Preliminary report on the killing of rats and rat fleas by hydrocyanic acid gas - Number 38
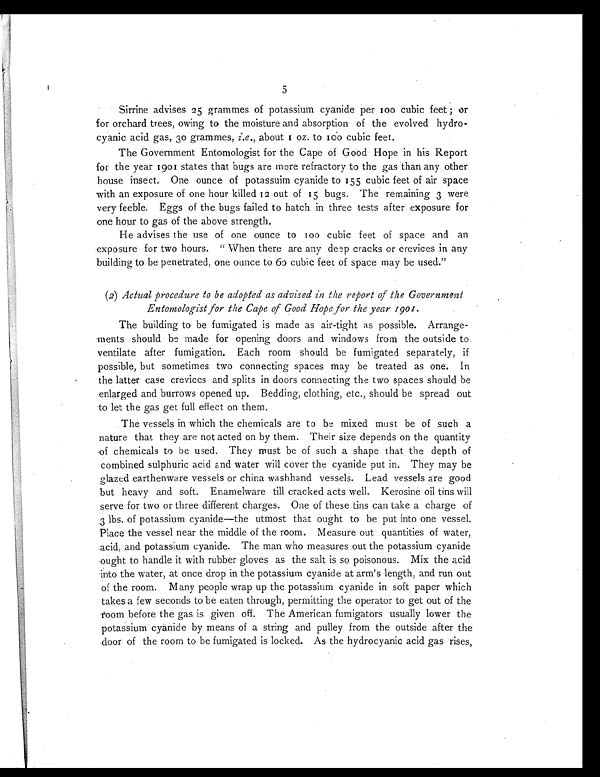
5
Sirrine advises 25 grammes of potassium cyanide per too cubic feet ; or
for orchard trees, owing to the moisture and absorption of the evolved hydro-
cyanic acid gas, 30 grammes, i.e . , about 1 oz. t o 100 cubi c f eet .
The Government Entomologist for the Cape of Good Hope in his Report
for the year 1901 states that bugs are more refractory to the gas than any other
house insect. One ounce of potassuim cyanide to 155 cubic feet of air space
with an exposure of one hour killed 12 out of 15 bugs. The remaining 3 were
very feeble. Eggs of the bugs failed to hatch in three tests after exposure for
one hour to gas of the above strength.
He advises the use of one ounce to too cubic feet of space and an
exposure for two hours. "When there are any deep cracks or crevices in any
building to be penetrated, one ounce to 65 cubic feet of space may be used."
(2) Actual procedure to be adopted as advised in the report of the Government
Entomologist for the Cape of Good Hope for the year 1901.
The building to be fumigated is made as air-tight as possible. Arrange-
ments should be made for opening doors and windows from the outside to.
ventilate after fumigation. Each room should be fumigated separately, if
possible, but sometimes two connecting spaces may be treated as one. In
the latter case crevices and splits in doors connecting the two spaces should be
enlarged and burrows opened up. Bedding, clothing, etc., should be spread out
to let the gas get full effect on them.
The vessels in which the chemicals are to be mixed must be of such a
nature that they are not acted on by them. Their size depends on the quantity
of chemicals to be used. They must be of such a shape that the depth of
combined sulphuric acid and water will cover the cyanide put in. They may be
glazed earthenware vessels or china washhand vessels. Lead vessels are good
but heavy and soft. Enamelware till cracked acts well. Kerosine oil tins will
serve for two or three different charges. One of these tins can take a charge of
3 lbs. of potassium cyanide—the utmost that ought to be put into one vessel.
Place the vessel near the middle of the room. Measure out quantities of water,
acid, and potassium cyanide. The man who measures out the potassium cyanide
ought to handle it with rubber gloves as the salt is so poisonous. Mix the acid
into the water, at once drop in the potassium cyanide at arm's length, and run out
of the room. Many people wrap up the potassium cyanide in soft paper which
takes a few seconds to be eaten through, permitting the operator to get out of the
room before the gas is given off. The American fumigators usually lower the
potassium cyanide by means of a string and pulley from the outside after the
door of the room to be fumigated is locked. As the hydrocyanic acid gas rises,